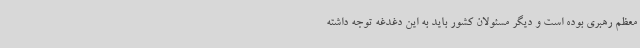
معظم رهبری بوده است و دیگر مسئولان کشور باید به این دغدغه توجه داشته